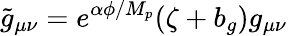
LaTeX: \tilde{g}_{\mu\nu}=e^{\alpha\phi/M_{p}}(\zeta+b_{g})g_{\mu\nu}